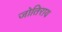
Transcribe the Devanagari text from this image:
जोतिराय